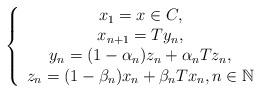
LaTeX: \begin{align*}\left\{ \begin{array}{c}x_{1}=x\in C, \\ x_{n+1}=Ty_{n}, \\ y_{n}=(1-\alpha _{n})z_{n}+\alpha _{n}Tz_{n}, \\ z_{n}=(1-\beta _{n})x_{n}+\beta _{n}Tx_{n},n\in \mathbb{N}\end{array}\right. \end{align*}